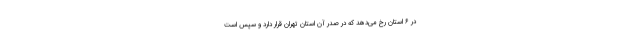
در ۶ استان رخ می‌دهد که در صدر آن استان تهران قرار دارد و سپس است